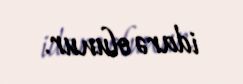
idarə olunur.